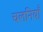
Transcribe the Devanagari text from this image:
चलनियाँ